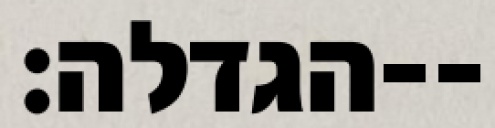
הגדלה׃--